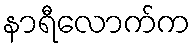
နာရီလောက်က